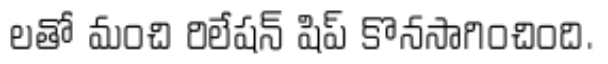
లతో మంచి రిలేషన్ షిప్ కొనసాగించింది.